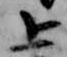
上